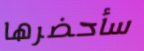
سأحضرها